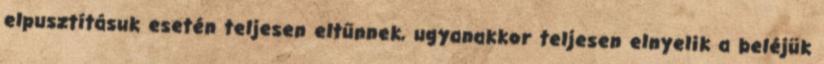
elpusztításuk esetén teljesen eltűnnek, ugyanakkor teljesen elnyelik a beléjük